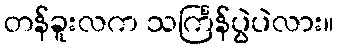
တန်ခူးလက သင်္ကြန်ပွဲပဲလား။